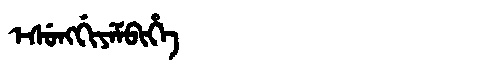
Manchu: ᡝᠰᡠᠩᡤᡳᠶᡝᠮᠪᡳᡥᡝ
Romanization: ESUNGGIYEMBIHE